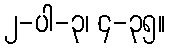
၂-ပါ-၃၊ ၄-၃၅။